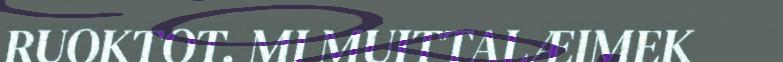
RUOKTOT. MI MUITTALÆIMEK